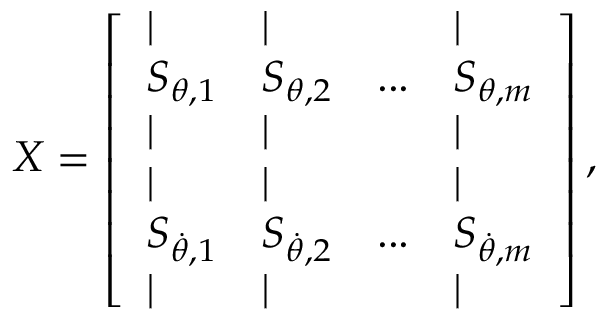
\boldsymbol { X } = \left[ \begin{array} { l l l l } { | } & { | } & & { | } \\ { \boldsymbol { S } _ { \boldsymbol { \theta } , 1 } } & { \boldsymbol { S } _ { \boldsymbol { \theta } , 2 } } & { . . . } & { \boldsymbol { S } _ { \boldsymbol { \theta } , m } } \\ { | } & { | } & & { | } \\ { | } & { | } & & { | } \\ { \boldsymbol { S } _ { \boldsymbol { \dot { \theta } } , 1 } } & { \boldsymbol { S } _ { \boldsymbol { \dot { \theta } } , 2 } } & { . . . } & { \boldsymbol { S } _ { \boldsymbol { \dot { \theta } } , m } } \\ { | } & { | } & & { | } \end{array} \right] ,